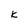
Character: K